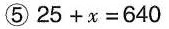
⑤$$2 5 + x = 6 4 0$$